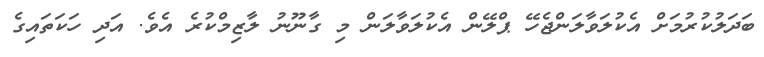
ބަދަލުކުރުމަށް އެކުލަވާލަންޖެހޭ ޕްލޭން އެކުލަވާލަން މި ގާނޫނު ލާޒިމްކުރެ އެވެ. އަދި ހަކަތައިގެ